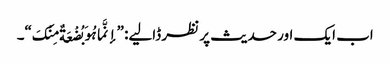
اب ایک اور حدیث پر نظر ڈالیے: ”إنَّما ہُوَ بُضْعَةٌ مِنْکَ“۔